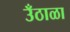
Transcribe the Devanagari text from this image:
उँठाळा